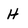
Character: H